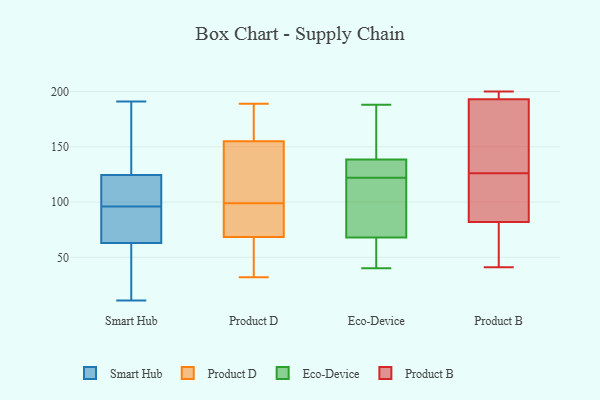
{"axis": {"x": "Population (Million)", "y": "Value"}, "legend": ["Eco-Device", "Product B", "Product D", "Smart Hub"], "data": [{"x": "", "y": 99, "type": "Smart Hub"}, {"x": "", "y": 182, "type": "Smart Hub"}, {"x": "", "y": 98, "type": "Smart Hub"}, {"x": "", "y": 134, "type": "Smart Hub"}, {"x": "", "y": 11, "type": "Smart Hub"}, {"x": "", "y": 60, "type": "Smart Hub"}, {"x": "", "y": 187, "type": "Smart Hub"}, {"x": "", "y": 106, "type": "Smart Hub"}, {"x": "", "y": 79, "type": "Smart Hub"}, {"x": "", "y": 66, "type": "Smart Hub"}, {"x": "", "y": 119, "type": "Smart Hub"}, {"x": "", "y": 124, "type": "Smart Hub"}, {"x": "", "y": 11, "type": "Smart Hub"}, {"x": "", "y": 15, "type": "Smart Hub"}, {"x": "", "y": 191, "type": "Smart Hub"}, {"x": "", "y": 94, "type": "Smart Hub"}, {"x": "", "y": 79, "type": "Smart Hub"}, {"x": "", "y": 39, "type": "Smart Hub"}, {"x": "", "y": 125, "type": "Smart Hub"}, {"x": "", "y": 75, "type": "Smart Hub"}, {"x": "", "y": 189, "type": "Product D"}, {"x": "", "y": 154, "type": "Product D"}, {"x": "", "y": 70, "type": "Product D"}, {"x": "", "y": 151, "type": "Product D"}, {"x": "", "y": 168, "type": "Product D"}, {"x": "", "y": 32, "type": "Product D"}, {"x": "", "y": 118, "type": "Product D"}, {"x": "", "y": 67, "type": "Product D"}, {"x": "", "y": 80, "type": "Product D"}, {"x": "", "y": 156, "type": "Product D"}, {"x": "", "y": 32, "type": "Product D"}, {"x": "", "y": 77, "type": "Product D"}, {"x": "", "y": 66, "type": "Eco-Device"}, {"x": "", "y": 183, "type": "Eco-Device"}, {"x": "", "y": 133, "type": "Eco-Device"}, {"x": "", "y": 167, "type": "Eco-Device"}, {"x": "", "y": 58, "type": "Eco-Device"}, {"x": "", "y": 79, "type": "Eco-Device"}, {"x": "", "y": 188, "type": "Eco-Device"}, {"x": "", "y": 96, "type": "Eco-Device"}, {"x": "", "y": 70, "type": "Eco-Device"}, {"x": "", "y": 137, "type": "Eco-Device"}, {"x": "", "y": 140, "type": "Eco-Device"}, {"x": "", "y": 40, "type": "Eco-Device"}, {"x": "", "y": 123, "type": "Eco-Device"}, {"x": "", "y": 127, "type": "Eco-Device"}, {"x": "", "y": 47, "type": "Eco-Device"}, {"x": "", "y": 121, "type": "Eco-Device"}, {"x": "", "y": 125, "type": "Product B"}, {"x": "", "y": 102, "type": "Product B"}, {"x": "", "y": 74, "type": "Product B"}, {"x": "", "y": 193, "type": "Product B"}, {"x": "", "y": 200, "type": "Product B"}, {"x": "", "y": 127, "type": "Product B"}, {"x": "", "y": 41, "type": "Product B"}, {"x": "", "y": 184, "type": "Product B"}, {"x": "", "y": 82, "type": "Product B"}, {"x": "", "y": 193, "type": "Product B"}]}